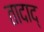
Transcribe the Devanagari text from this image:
तादाद्